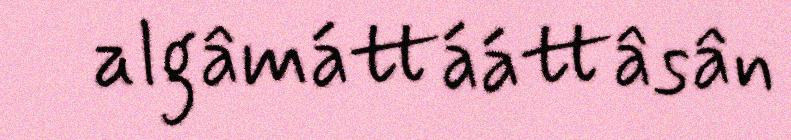
algâmáttááttâsân